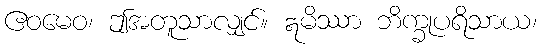
ဧဝမေဝ၊ ဤအတူသာလျှင်။ ဣမိဿာ ဘိက္ခုပရိသာယ၊